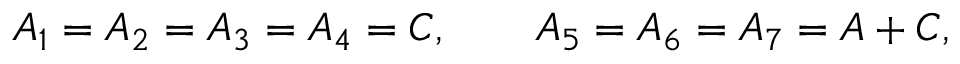
{ A _ { 1 } = A _ { 2 } = A _ { 3 } = A _ { 4 } = C , \qquad A _ { 5 } = A _ { 6 } = A _ { 7 } = A + C , }